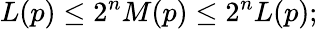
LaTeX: L(p)\leq 2^{n}M(p)\leq 2^{n}L(p);